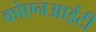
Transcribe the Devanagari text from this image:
कोएनआईटी